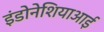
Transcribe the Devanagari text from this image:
इंडोनेशियाआई